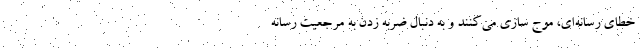
خطای رسانه‌ای، موج سازی می‌کنند و به دنبال ضربه زدن به مرجعیت رسانه